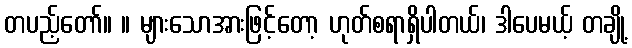
တပည့်တော်။ ။ များသောအားဖြင့်တော့ ဟုတ်စရာရှိပါတယ်၊ ဒါပေမယ့် တချို့